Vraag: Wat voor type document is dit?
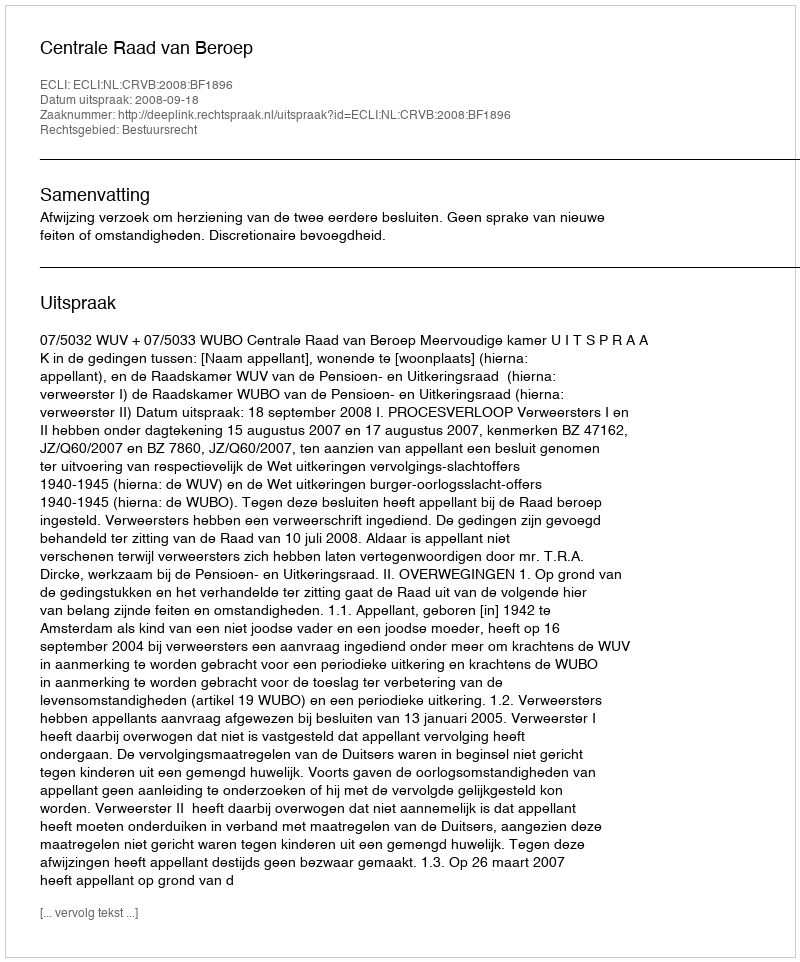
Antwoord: Uitspraak